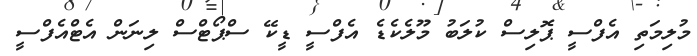
މުލިމަތި އެފްސީ ޕޮލިސް ކުލަބު މޫލެކެޑެ އެފްސީ ޑީކޭ ސްޕޯޓްސް ލިނަން އެޓްއެފްސީ